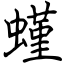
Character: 螼